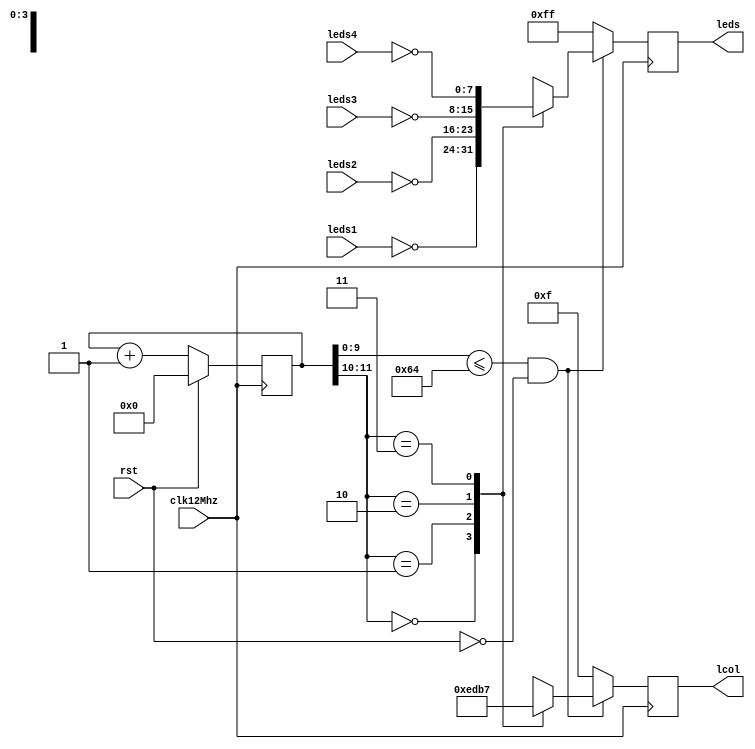
/* - Controlador de Matrices LED -
 *
 *  El controlador de matrices LED utiliza multiplexacin para poder activar y desactivar una columna a la vez.
 *
 *  Recibe cuatro entradas de 8 bits que representan los valores que mostrar leds_row cuando uno y solo uno de los 
 *  bits de act_row se active en bajo. Adems, posee un parmetro pwm, que va de 0 a 1023 que regula la intensidad de
 *  los leds. Estos 4 valores se mostrarn en la fila respectiva que representan.
*/


module ControladorMatrizLed #(parameter PWM = 10'd100) (
  input clk12Mhz,
  input rst, 
  input [7:0] leds1,    
  input [7:0] leds2,
  input [7:0] leds3,
  input [7:0] leds4,
  output [7:0] leds, 
  output [3:0] lcol
);
  reg [9:0] pwm = PWM; 
  // Divisor de frecuencia del reloj
  reg [11:0] timer = 12'b0;
  always @(posedge clk12Mhz)
    if (rst)
      timer = 12'b0;
    else
      timer = timer+1;

  // Registros interno de los diodos y la fila activa
  reg [3:0] act_row; // Fila Activa
  reg [7:0] row; // Fila de diodos
  assign leds = row;
  assign lcol = act_row;

  // seal pwm para disminuir la intensidad de los leds
  wire act;
  assign act = (timer[9:0] <= pwm); // Se activa cuando timer es menor o igual al valor del pwm

  // Multiplexacion de las seales de entrada!
  always @(posedge clk12Mhz) begin
    if (act & !rst) begin // la seal de activacion de la fila de led y no rst
      case (timer[11:10])
          2'b00: begin
              act_row <= 4'b1110;
              row <= ~leds1;
          end
          2'b01: begin
              act_row <= 4'b1101;
              row <= ~leds2;
          end
          2'b10: begin
              act_row <= 4'b1011;
              row <= ~leds3;
          end
          2'b11: begin
              act_row <= 4'b0111;
              row <= ~leds4;
          end
      endcase
    end else begin
      act_row <= 4'b1111;
      row <= 8'b1111_1111;
    end
  end

endmodule